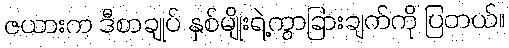
ဇယားက ဒီစာချုပ် နှစ်မျိုးရဲ့ကွာခြားချက်ကို ပြတယ်။